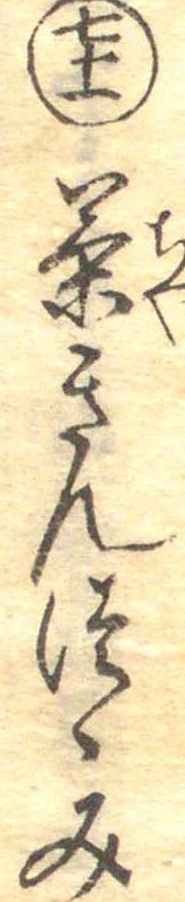
七十一茶きんつゝみ